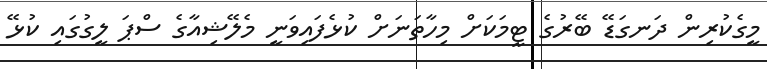
މީގެކުރިން ދަނގަޑޭ ބޭރުގެ ޓީމަކަށް މިހާތަނަށް ކުޅެފައިވަނީ މެލޭޝިއާގެ ސްޕަ ލީގުގައި ކުޅޭ